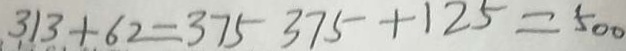
3 1 3 + 6 2 = 3 7 5 3 7 5 + 1 2 5 = 5 0 0